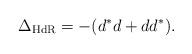
LaTeX: \begin{align*}\Delta_{\rm HdR} =-(d^*d+dd^*). \end{align*}